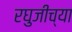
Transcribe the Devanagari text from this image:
रघुजीच्या